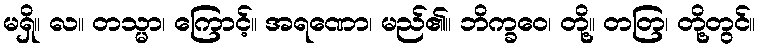
မရှိ။ လ။ တသ္မာ၊ ကြောင့်။ အရဏော၊ မည်၏။ ဘိက္ခဝေ၊ တို့။ တတြ၊ တို့တွင်။